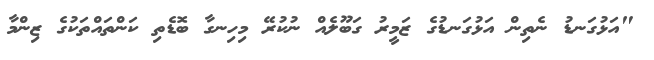
"އަޅުގަނޑު ނެތިން އަޅުގަނޑުގެ ޒަމީރު ގަބޫލެއް ނުކުރޭ މިހިނގާ ބޮޑެތި ކަންތައްތަކުގެ ޒިންމާ